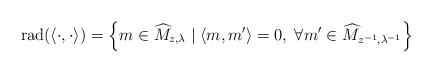
LaTeX: \begin{align*}\mathrm{rad}(\langle \cdot, \cdot\rangle)=\left\{m\in \widehat{M}_{z,\lambda}\mid \langle m,m'\rangle =0,\; \forall m'\in \widehat{M}_{z^{-1}, \lambda^{-1}} \right\} \end{align*}